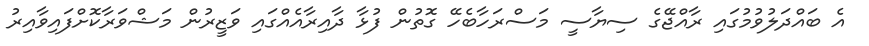
އެ ބައްދަލުވުމުގައި ރާއްޖޭގެ ސިޔާސީ މަސްރަހާބެހޭ ގޮތުން ފުޅާ ދާއިރާއެއްގައި ވަޒީރުން މަޝްވަރާކޮށްފައިވާއިރު